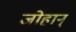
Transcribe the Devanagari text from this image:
जोहान्